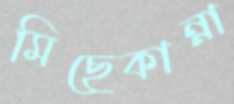
মিছেকান্না